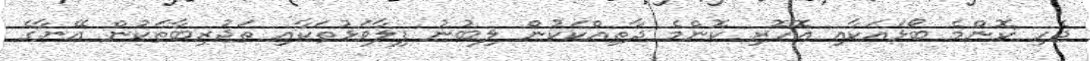
ޖެހި ކޮންމެ ބޯޅައަކާއި އޮހޮރި ކޮންމެ ދާތިއްކަކުން ލިބުނު ފިލާވަޅުތަކާއި ތަޖުރިބާތަކުން އޭނާގެ